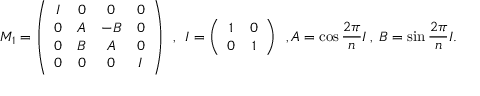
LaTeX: M _ { 1 } = \left( \begin{array} { c c c c } { { I } } & { { 0 } } & { { 0 } } & { { 0 } } \\ { { 0 } } & { { A } } & { { - B } } & { { 0 } } \\ { { 0 } } & { { B } } & { { A } } & { { 0 } } \\ { { 0 } } & { { 0 } } & { { 0 } } & { { I } } \end{array} \right) \: \: , \: \: I = \left( \begin{array} { c c } { { 1 } } & { { 0 } } \\ { { 0 } } & { { 1 } } \end{array} \right) \: \: , A = \cos \frac { 2 \pi } { n } I \: , \: B = \sin \frac { 2 \pi } { n } I .